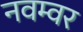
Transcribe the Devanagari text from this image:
नवम्‍वर